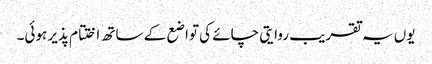
یوں یہ تقریب روایتی چائے کی تواضع کے ساتھ اختتام پذیر ہوئی۔